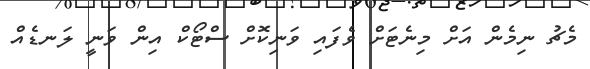
މެޗު ނިމެން އަށް މިނެޓަށް ވެފައި ވަނިކޮށް ސްޓޯކް އިން ވަނީ ލަނޑެއް